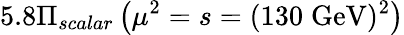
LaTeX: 5.8\Pi_{scalar}\left(\mu^{2}=s=(130\; \mathrm{GeV})^{2}\right)